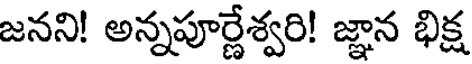
జనని! అన్నపూర్ణేశ్వరి! జ్ఞాన భిక్ష